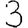
Digit: 3